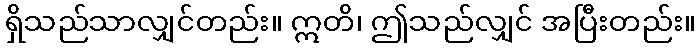
ရှိသည်သာလျှင်တည်း။ ဣတိ၊ ဤသည်လျှင် အပြီးတည်း။